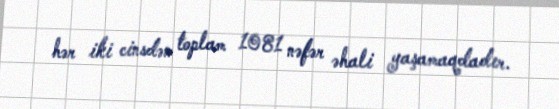
hər iki cinsdən toplam 1081 nəfər əhali yaşamaqdadır.